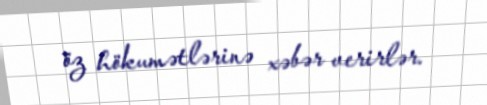
öz hökumətlərinə xəbər verirlər.